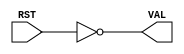

// Copyright (c) 2000-2012 Bluespec, Inc.

// Permission is hereby granted, free of charge, to any person obtaining a copy
// of this software and associated documentation files (the "Software"), to deal
// in the Software without restriction, including without limitation the rights
// to use, copy, modify, merge, publish, distribute, sublicense, and/or sell
// copies of the Software, and to permit persons to whom the Software is
// furnished to do so, subject to the following conditions:

// The above copyright notice and this permission notice shall be included in
// all copies or substantial portions of the Software.

// THE SOFTWARE IS PROVIDED "AS IS", WITHOUT WARRANTY OF ANY KIND, EXPRESS OR
// IMPLIED, INCLUDING BUT NOT LIMITED TO THE WARRANTIES OF MERCHANTABILITY,
// FITNESS FOR A PARTICULAR PURPOSE AND NONINFRINGEMENT. IN NO EVENT SHALL THE
// AUTHORS OR COPYRIGHT HOLDERS BE LIABLE FOR ANY CLAIM, DAMAGES OR OTHER
// LIABILITY, WHETHER IN AN ACTION OF CONTRACT, TORT OR OTHERWISE, ARISING FROM,
// OUT OF OR IN CONNECTION WITH THE SOFTWARE OR THE USE OR OTHER DEALINGS IN
// THE SOFTWARE.
//
// $Revision$
// $Date$

`ifdef BSV_ASSIGNMENT_DELAY
`else
`define BSV_ASSIGNMENT_DELAY
`endif

`ifdef BSV_POSITIVE_RESET
  `define BSV_RESET_VALUE 1'b1
  `define BSV_RESET_EDGE posedge
`else
  `define BSV_RESET_VALUE 1'b0
  `define BSV_RESET_EDGE negedge
`endif


module ResetToBool( RST, VAL);

   input  RST;
   output VAL;

   assign VAL = (RST == `BSV_RESET_VALUE);

endmodule